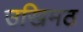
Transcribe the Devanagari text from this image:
उखिमठ